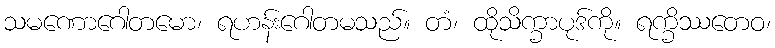
သမဏောဂေါတမော၊ ရဟန်းဂေါတမသည်။ တံ၊ ထိုသိက္ခာပုဒ်ကို။ ရက္ခိဿတေဝ၊